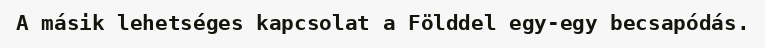
A másik lehetséges kapcsolat a Földdel egy-egy becsapódás.